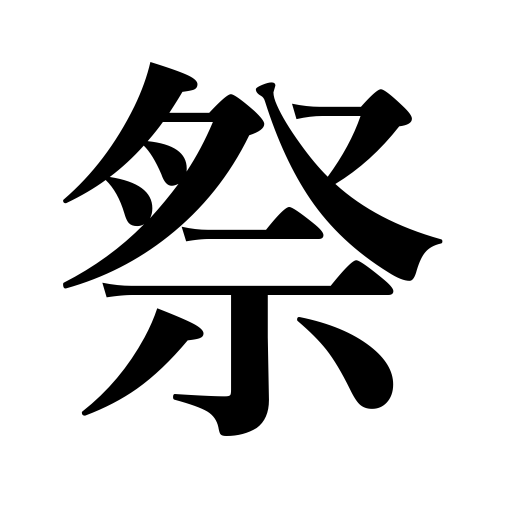
Meanings: festival,feast,worship,deify,offer prayers,enshrine,celebrate